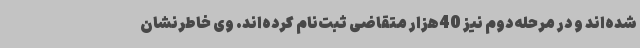
شده‌اند و در مرحله دوم نیز 40هزار متقاضی ثبت‌نام کرده‌اند. وی خاطرنشان